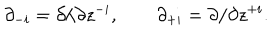
LaTeX: \partial _ { - i } = \partial / \partial z ^ { - i } , \qquad \partial _ { + i } = \partial / \partial z ^ { + i } .